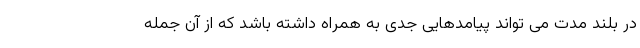
در بلند مدت می تواند پیامدهایی جدی به همراه داشته باشد که از آن جمله